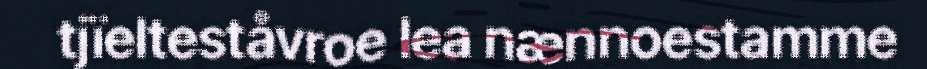
tjïelteståvroe lea nænnoestamme